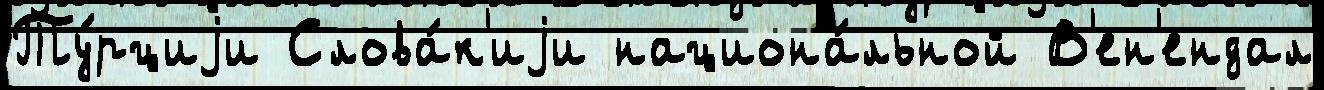
Ту́рциjи Слова́к'иjи национа́льной В'ен'ендал